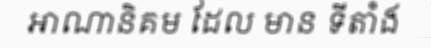
អាណានិគម ដែល មាន ទីតាំង